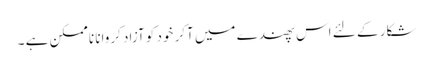
شکار کے لئے اس پھندے میں آکر خود کو آزاد کروانا ناممکن ہے ۔